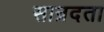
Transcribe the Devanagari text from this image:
सान्रदता